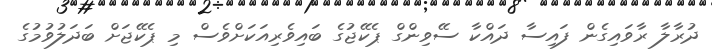
ދުރާލާ ރާވައިގެން ފައިސާ ދައްކާ ސޭވިންގް ޕެކޭޖުގެ ބައިވެރިއަކަށްވެސް މި ޕެކޭޖަށް ބަދަލުވުމުގެ